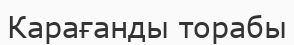
Карағанды торабы